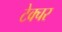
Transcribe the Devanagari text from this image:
टेक्चर